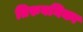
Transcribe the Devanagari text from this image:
तिरुवनिका